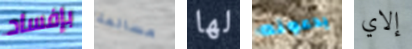
بإفساد مسالمة لها يدعونه إلاي